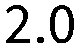
2.0